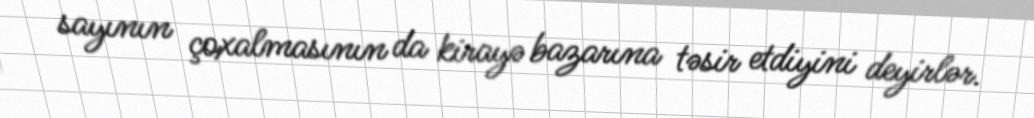
sayının çoxalmasının da kirayə bazarına təsir etdiyini deyirlər.